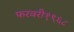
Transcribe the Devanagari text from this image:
फरवरी१९६८